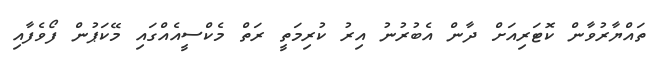
ތައްޔާރުވާން ކޮޓަރިއަށް ދާން އެބުރުނު އިރު ކުރިމަތީ ރަތް މެކްސީއެއްގައި މޭކަޕުން ފޯވެފާއި